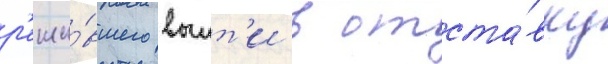
р'еши́вшего выит'и в отста́вку